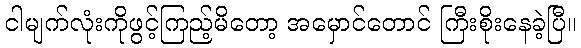
ငါမျက်လုံးကိုဖွင့်ကြည့်မိတော့ အမှောင်တောင် ကြီးစိုးနေခဲ့ပြီ။